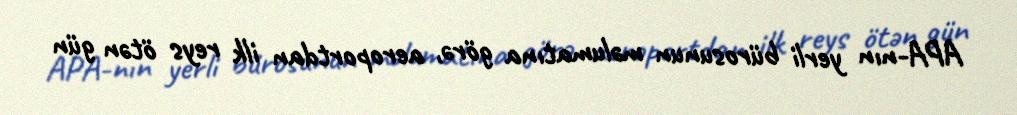
APA-nın yerli bürosunun məlumatına görə, aeroportdan ilk reys ötən gün